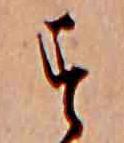
す